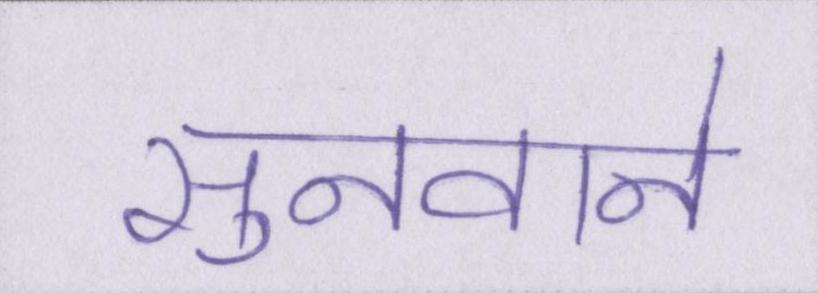
सुनवाने